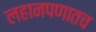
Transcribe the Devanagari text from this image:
लहानपणातच